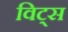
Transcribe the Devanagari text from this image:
विट्स